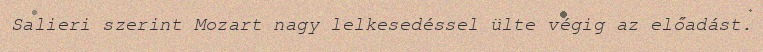
Salieri szerint Mozart nagy lelkesedéssel ülte végig az előadást.